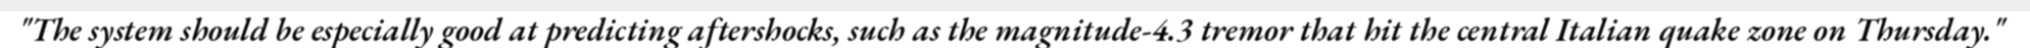
"The system should be especially good at predicting aftershocks, such as the magnitude-4.3 tremor that hit the central Italian quake zone on Thursday."